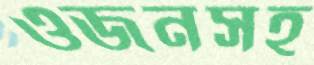
ওজনসহ